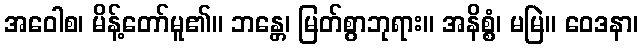
အဝေါစ၊ မိန့်တော်မူ၏။ ဘန္တေ၊ မြတ်စွာဘုရား။ အနိစ္စံ၊ မမြဲ။ ဝေဒနာ၊